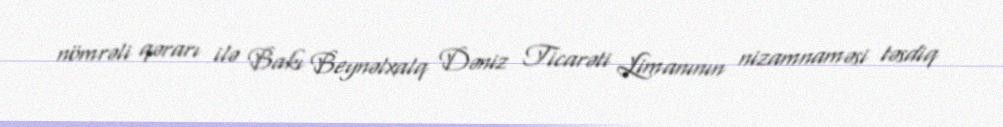
nömrəli qərarı ilə Bakı Beynəlxalq Dəniz Ticarəti Limanının nizamnaməsi təsdiq